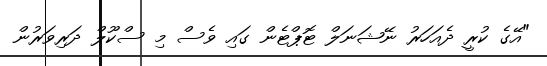
"އޭގެ ކުރީ ދެއަހަރު ނޭޝަނަލް ޓޮޕްޓެން ގައި ވެސް މި ސްކޫލް ދަރިވަރުން